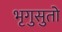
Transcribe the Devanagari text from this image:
भृगुसुतो